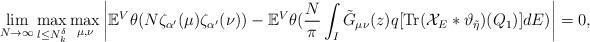
LaTeX: \begin{align*} \lim_{N \rightarrow \infty} \max_{l \leq N_k^{\delta}} \max_{\mu,\nu} \left | \mathbb{E}^V \theta(N \zeta_{\alpha^{\prime}}(\mu)\zeta_{\alpha^{\prime}}(\nu))-\mathbb{E}^V \theta(\frac{N}{\pi } \int_I \tilde{G}_{\mu \nu}(z)q[\operatorname{Tr}(\mathcal{X}_E*\vartheta_{\tilde{\eta}})(Q_1)]dE) \right |=0,\end{align*}